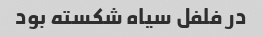
در فلفل سیاه شکسته بود